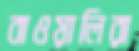
বাওয়ালিরা